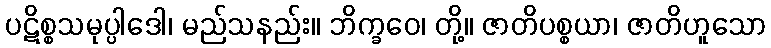
ပဋိစ္စသမုပ္ပါဒေါ၊ မည်သနည်း။ ဘိက္ခဝေ၊ တို့။ ဇာတိပစ္စယာ၊ ဇာတိဟူသော